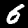
Digit: 6